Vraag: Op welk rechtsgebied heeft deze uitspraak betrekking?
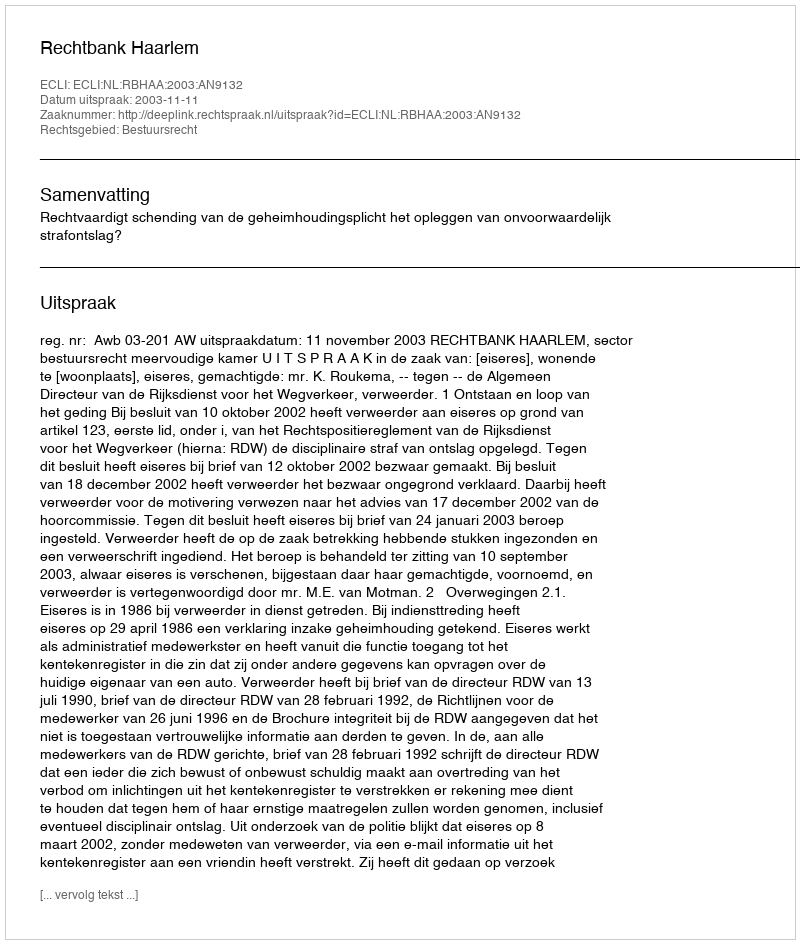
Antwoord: Bestuursrecht